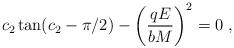
LaTeX: \begin{align*} c_2\tan (c_2-\pi/2)-\left(\frac{qE}{bM}\right)^2=0\;,\end{align*}